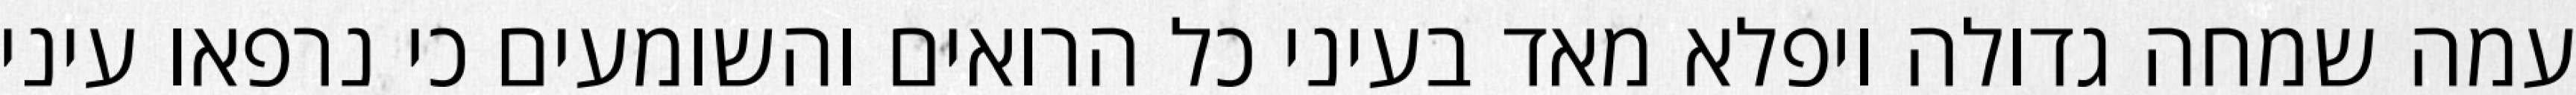
עמה שמחה גדולה ויפלא מאד בעיני כל הרואים והשומעים כי נרפאו עיני